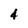
Character: 4